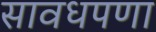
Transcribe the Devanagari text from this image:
सावधपणा